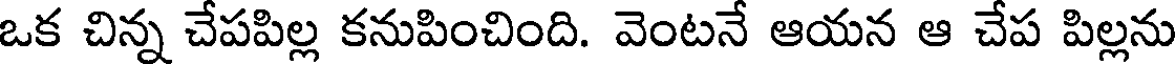
ఒక చిన్న చేపపిల్ల కనుపించింది. వెంటనే ఆయన ఆ చేప పిల్లను